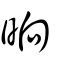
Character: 晌